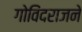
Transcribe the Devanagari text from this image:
गोविंदराजने